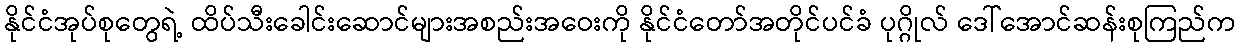
နိုင်ငံအုပ်စုတွေရဲ့ ထိပ်သီးခေါင်းဆောင်များအစည်းအဝေးကို နိုင်ငံတော်အတိုင်ပင်ခံ ပုဂ္ဂိုလ် ဒေါ်အောင်ဆန်းစုကြည်က